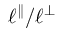
\ell ^ { \parallel } / \ell ^ { \perp }